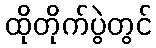
ထိုတိုက်ပွဲတွင်